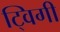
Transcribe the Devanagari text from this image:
ट्विगी